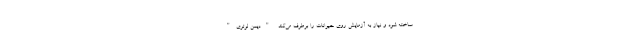
ساخته شود و نیاز به آزمایش روی حیوانات را برطرف می‌کند. "دیمن لوتری"